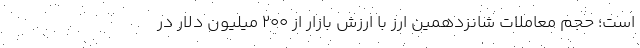
است؛ حجم معاملات شانزدهمین ارز با ارزش بازار از ۲۰۰ میلیون دلار در